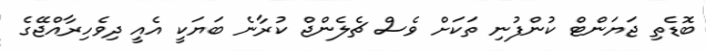
ބޮޑެތި ޖަޔަންޓް ކުންފުނި ތަކަށް ވެސް ޗެލެންޖް ކުރާނެ ބަޔަކީ އެއީ ދިވެހިރާއްޖޭގެ